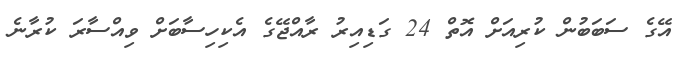
އޭގެ ސަބަބުން ކުރިއަށް އޮތް 24 ގަޑިއިރު ރާއްޖޭގެ އެކިހިސާބަށް ވިއްސާރަ ކުރާނެ